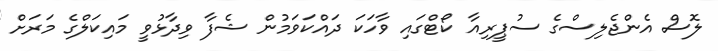
ލޮސް އެންޖެލިސްގެ ސުޕީރިއާ ކޯޓްގައި ވާހަކަ ދައްކަވަމުން ޝެފާ ވިދާޅުވީ މައިކަލްގެ މަރަށް